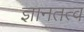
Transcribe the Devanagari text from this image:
ज्ञानतत्व